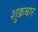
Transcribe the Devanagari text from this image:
शुक्रबार